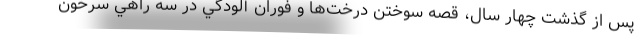
پس از گذشت چهار سال، قصه سوختن درخت‌ها و فوران آلودگي در سه راهي سرخون